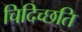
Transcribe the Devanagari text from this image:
चिदिच्छति